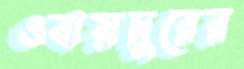
ওবায়দুরের